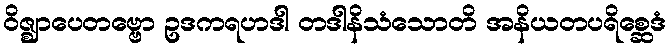
ဝိဇ္ဈာပေတဗ္ဗော ဥဒကရဟဒါ တဒါနိသံသောတိ အနိယတပရိစ္ဆေဒံ